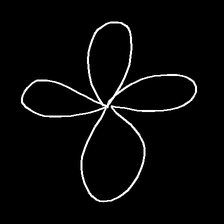
Glyph: billowing